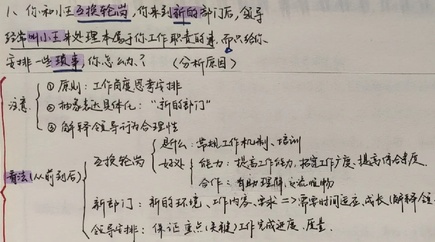
1. 你和小王轮换轮岗，你来到新的部门后，领导经常叫小王来处理本属于你工作职责的事，而只给你安排一些琐事，你怎么办？（分析原因）
办法：
- \textcircled{1}原则：工作角度思考安排
- \textcircled{2}初来乍到具体化：“新到部门”
- \textcircled{3}解释领导安排合理性：常规工作机制、培训
    - 轮换轮岗：好处
        - 能力：提高工作能力，拓宽广度，提高灵活度
        - 新部门：新的环境、内容、流程，需主动适应、成长、解释沟通
        - 任务安排：保证重点（关键）工作完成进度、质量